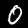
Digit: 0